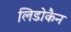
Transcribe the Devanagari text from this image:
लिडोकैन